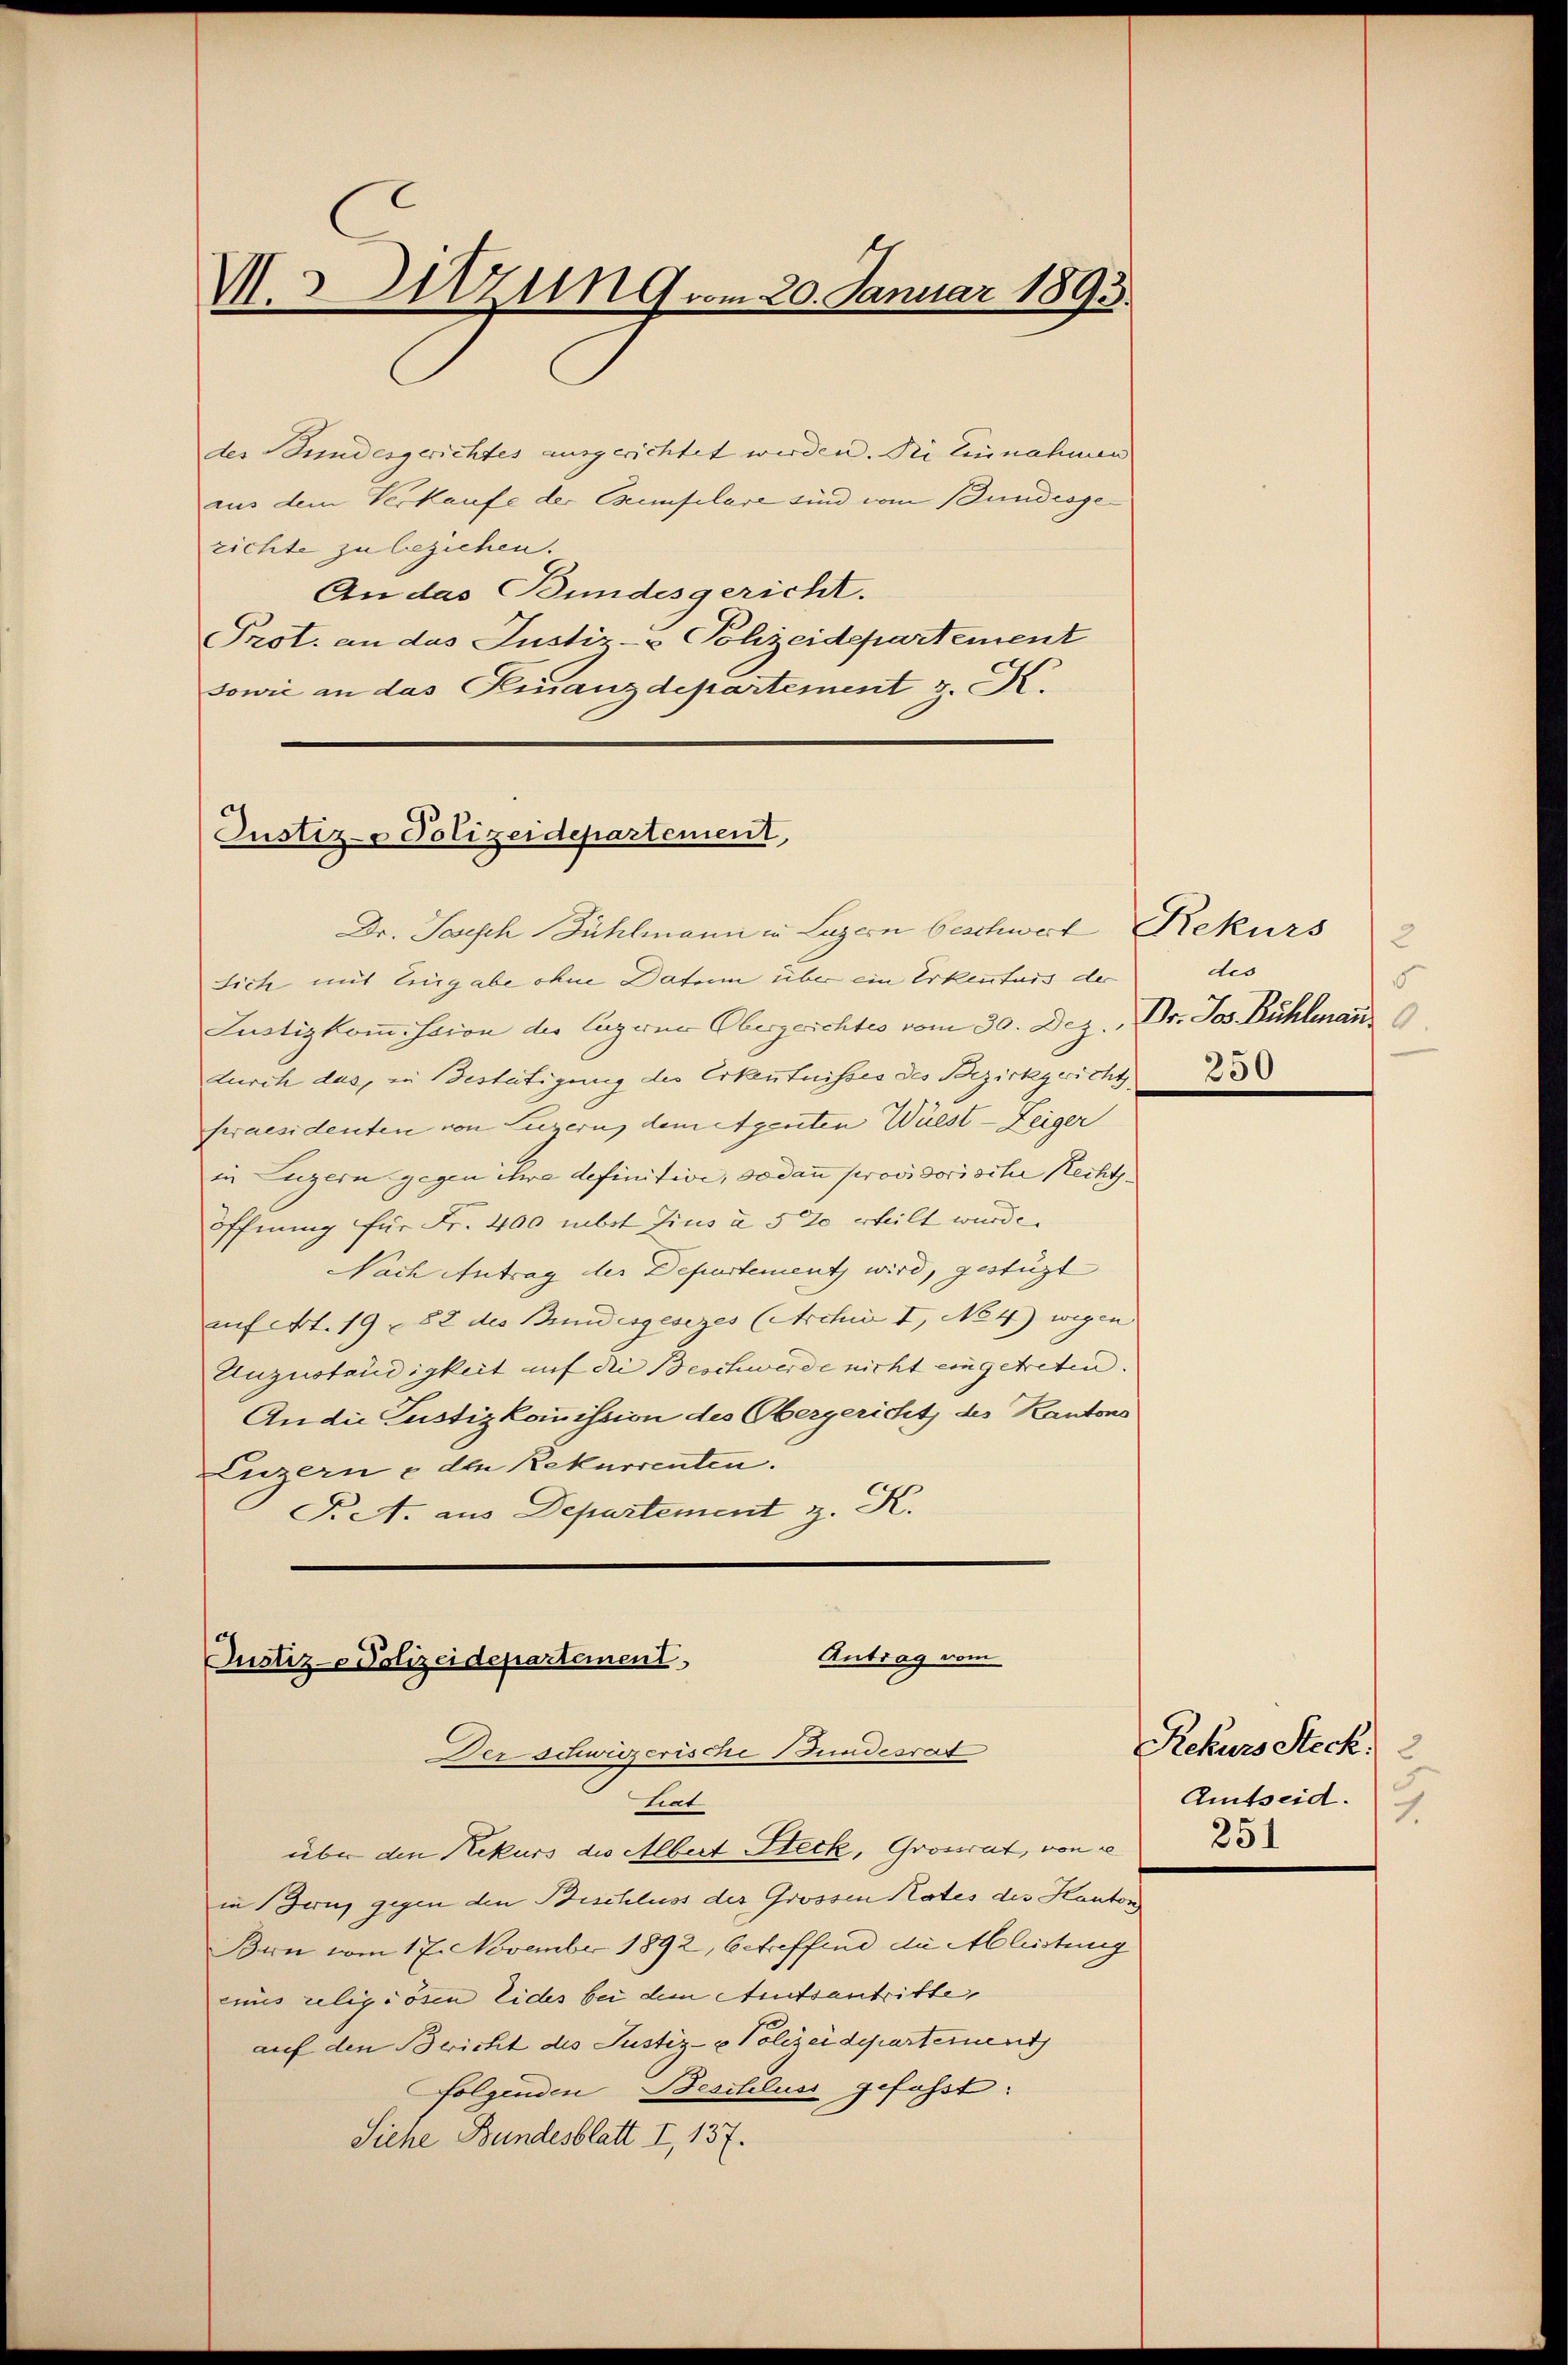
V.s Sitzung am 20. Januar 1893.

Antrag vom
Justiz- Polizeidepartement
Der schweizerische Bundesrat

des Bundesgerichtes ausgerichtet werden. Die Einnahmen
aus dem Verkaufe der Exemplare sind vom Bundesgerichte zu beziehen.
An das Bundesgericht.
Prot. an das Justiz- & Polizeidepartement
sowie an das Finanzdepartement z. K.
Justiz- Polizeidepartement,

Dr. Josisch Bühlmann in Luzern beschwert Rekurs
Sich mit Eingabe ohne Datum über ein Erkenntnis der
Lustizkoṁission der Lagerne Obergerichtes vom 30. Dez. Dr. Jos. Bühlman
durch das, in Bestätigung des Erkenntnisses des Bezirkgericht 23
praesidenten von Luzern, dem Agenten Wüest - Zeiger
in Luzern gegen ihre definitive, sodann provisorische Rechtöffnung für Fr. 400 mbst Zins à 5 % erhilt wurde.
Nach Antrag der Departement wird, gestüzt
auf Art. 19 - 82 des Bundesgesezes (Archiv I, No 4) wegen
Unzuständigkeit auf die Beschwerde nicht eingetreten.
Andie Lustizkommission des Obergericht, des Kantons
Luzerne der Rekurrenten.
T. A. aus Departement z. K.

tiat
über den Rekurs die Albert Steck, Großrat, von e
in (Bern, gegen den Beschluss des Grossen Rates des Kanton
Bern vom 17. November 1892, betreffend die Ableistung
eines religiösen Eides bei dem Amtsantritte,
auf den Bericht des Justiz- & Polizeidepartement
folgenden Beschluss gefasst:
Siche Bundesblatt I, 137.

dis
5

Rekurs Steck
Amtseid.
1.
251